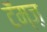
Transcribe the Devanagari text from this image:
टॅम्ज़